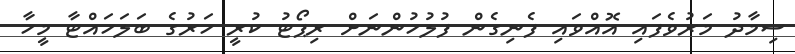
ސިމާދު މަރުވެފައި އޮއްވައި ފެނިގެން ފުލުހުންނަށް ރިޕޯޓު ކުރީ ހަރުގެ ބަލަހައްޓާ މީހާ